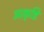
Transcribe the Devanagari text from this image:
आकृष्टि